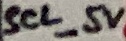
Text: SCL_5V